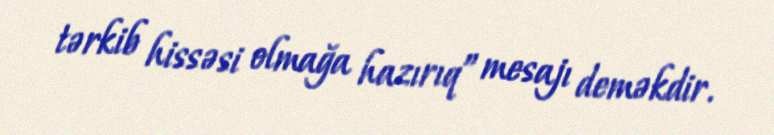
tərkib hissəsi olmağa hazırıq” mesajı deməkdir.